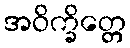
အဝိက္ခိတ္တေ